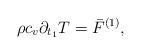
LaTeX: \begin{align*}\rho c_v \partial_ {t_1}T= {\bar F}^{(1)},\end{align*}